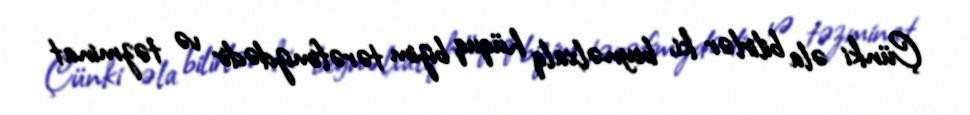
Çünki əla bilirlər ki, beynəlxalq hüquq bizim tərəfimizdədir və təzminat